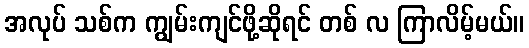
အလုပ် သစ်က ကျွမ်းကျင်ဖို့ဆိုရင် တစ် လ ကြာလိမ့်မယ်။